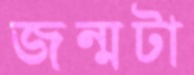
জন্মটা